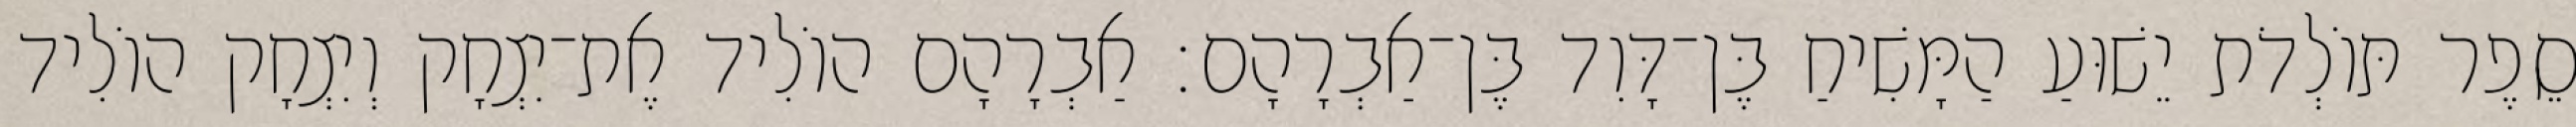
סֵפֶר תּוֹלְדֹת יֵשׁוּעַ הַמָּשִׁיחַ בֶּן־דָּוִד בֶּן־אַבְרָהָם׃ אַבְרָהָם הוֹלִיד אֶת־יִצְחָק וְיִצְחָק הוֹלִיד